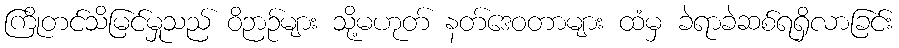
ကြိုတင်သိမြင်မှုသည် ဝိဉာဉ်များ သို့မဟုတ် နတ်ဒေဝတာများ ထံမှ ခဲရာခဲဆစ်ရရှိလာခြင်း